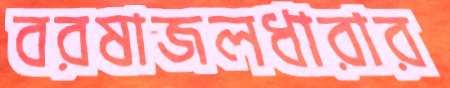
বরষাজলধারার